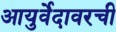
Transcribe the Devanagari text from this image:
आयुर्वेदावरची